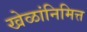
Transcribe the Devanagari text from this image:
खेळांनिमित्त